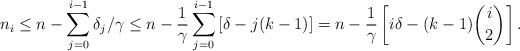
LaTeX: \begin{align*}n_i &\leq n - \sum_{j=0}^{i-1} \delta_j/\gamma\leq n - \frac{1}{\gamma}\sum_{j=0}^{i-1}\left[\delta - j(k-1)\right]= n - \frac{1}{\gamma}\left[ i\delta - (k-1)\binom{i}{2}\right]. \end{align*}